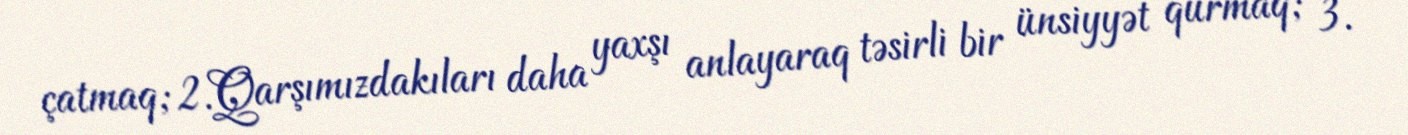
çatmaq; 2.Qarşımızdakıları daha yaxşı anlayaraq təsirli bir ünsiyyət qurmaq; 3.